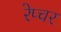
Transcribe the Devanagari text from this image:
रेप्चर